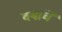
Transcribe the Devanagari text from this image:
वर्गाचें